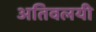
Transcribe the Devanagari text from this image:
अतिवलयी